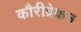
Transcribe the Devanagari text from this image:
कौरीव्रेकन